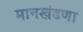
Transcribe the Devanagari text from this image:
मानखंडणा